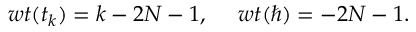
w t ( t _ { k } ) = k - 2 N - 1 , ~ ~ ~ ~ w t ( \hbar ) = - 2 N - 1 .